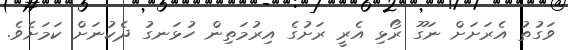
ވަގުތު އެރަށަށް ނަގޫ ރޯޅި އެރީ ރަށުގެ އިރުމަތިން ހުޅަނގު ދެކުނަށް ކަމަށެވެ.